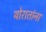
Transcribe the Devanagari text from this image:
थोरातांना